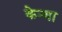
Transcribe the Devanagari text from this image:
केन्‍या